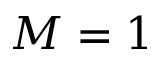
M = 1